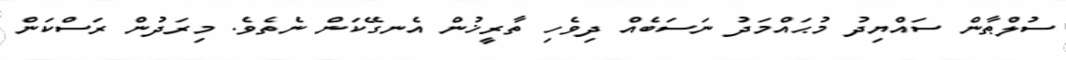
ސުލްޠާން ސައްޔިދު މުޙައްމަދު ނަސަބެއް ދިވެހި ތާރީޚުން އެނގޭކަން ނެތެވެ. މިރަދުން ރަސްކަން